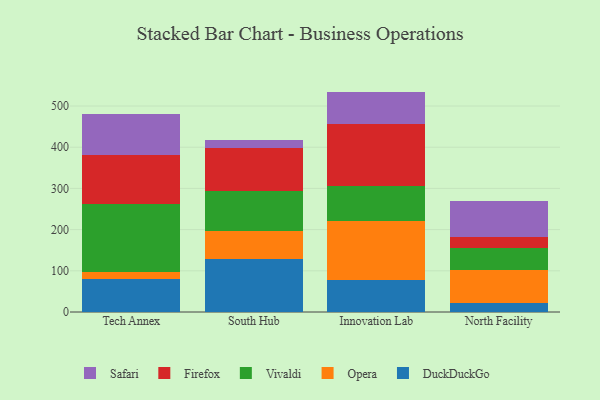
{"axis": {"x": "Campus", "y": "Shipments"}, "legend": ["DuckDuckGo", "Firefox", "Opera", "Safari", "Vivaldi"], "data": [{"x": "Tech Annex", "y": 80.8, "type": "DuckDuckGo"}, {"x": "Tech Annex", "y": 16.0, "type": "Opera"}, {"x": "Tech Annex", "y": 165.0, "type": "Vivaldi"}, {"x": "Tech Annex", "y": 118.8, "type": "Firefox"}, {"x": "Tech Annex", "y": 99.9, "type": "Safari"}, {"x": "South Hub", "y": 129.7, "type": "DuckDuckGo"}, {"x": "South Hub", "y": 68.0, "type": "Opera"}, {"x": "South Hub", "y": 95.0, "type": "Vivaldi"}, {"x": "South Hub", "y": 104.9, "type": "Firefox"}, {"x": "South Hub", "y": 19.6, "type": "Safari"}, {"x": "Innovation Lab", "y": 77.9, "type": "DuckDuckGo"}, {"x": "Innovation Lab", "y": 142.2, "type": "Opera"}, {"x": "Innovation Lab", "y": 84.8, "type": "Vivaldi"}, {"x": "Innovation Lab", "y": 151.6, "type": "Firefox"}, {"x": "Innovation Lab", "y": 78.5, "type": "Safari"}, {"x": "North Facility", "y": 22.5, "type": "DuckDuckGo"}, {"x": "North Facility", "y": 79.8, "type": "Opera"}, {"x": "North Facility", "y": 51.9, "type": "Vivaldi"}, {"x": "North Facility", "y": 26.7, "type": "Firefox"}, {"x": "North Facility", "y": 88.5, "type": "Safari"}]}